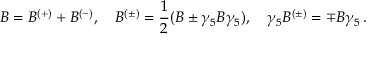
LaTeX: B = B ^ { ( + ) } + B ^ { ( - ) } , \quad B ^ { ( \pm ) } = \frac 1 2 ( B \pm \gamma _ { 5 } B \gamma _ { 5 } ) , \quad \gamma _ { 5 } B ^ { ( \pm ) } = \mp B \gamma _ { 5 } \, .